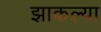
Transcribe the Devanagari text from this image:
झाकल्या